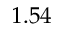
1 . 5 4